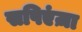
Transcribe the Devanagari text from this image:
सपिएंज़ा